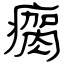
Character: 瘸